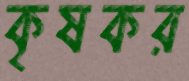
কৃষকর